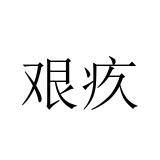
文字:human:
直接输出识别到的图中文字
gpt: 艰疚